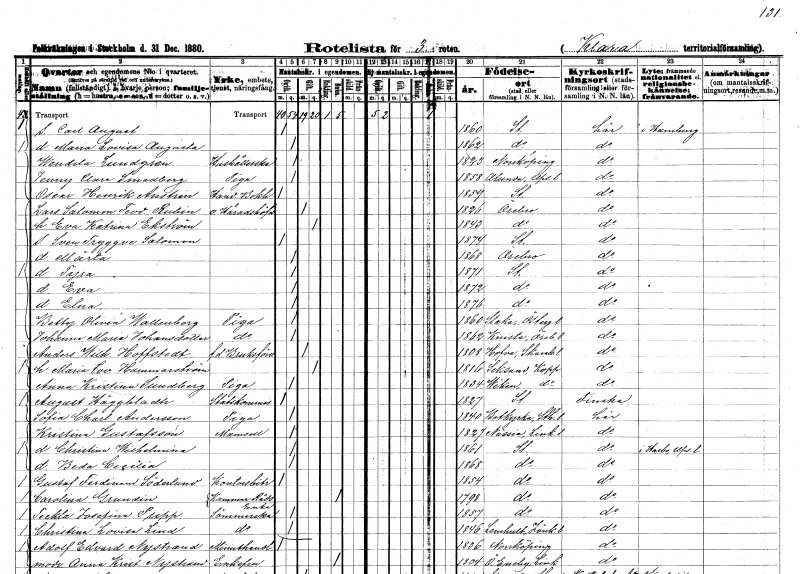
gt_parse: households: individuals: FN: Carl August
KON: M
CIV: O
FODAR: 1860
FODFORS: Stockholm
FN: Maria Lovisa Augusta
KON: K
CIV: O
FODAR: 1862
FODFORS: Stockholm
FN: Wendela
EN: Lundgren
YRKE: Hushållerska
KON: K
CIV: O
FODAR: 1823
FODFORS: Norrköping Östergötlands län
FN: Jenny Clara
EN: Smedberg
YRKE: Piga
KON: K
CIV: O
FODAR: 1858
FODFORS: Alunda Uppsala län
FN: Oscar Henrik
EN: Anstrin
YRKE: Handelsbokhållare
KON: M
CIV: O
FODAR: 1859
FODFORS: Stockholm
FN: Lars Salomon Teodor
EN: Rubin
YRKE: Häradshövding v.
KON: M
CIV: G
FODAR: 1826
FODFORS: Örebro Örebro län
FN: Eva Katrina
EN: Ekström
KON: K
CIV: G
FODAR: 1843
FODFORS: Örebro Örebro län
FN: Sven Tryggve Salomon
KON: M
CIV: O
FODAR: 1874
FODFORS: Stockholm
FN: Märta
KON: K
CIV: O
FODAR: 1868
FODFORS: Örebro Örebro län
FN: Tyra
KON: K
CIV: O
FODAR: 1871
FODFORS: Stockholm
FN: Eva
KON: K
CIV: O
FODAR: 1872
FODFORS: Stockholm
FN: Elna
KON: K
CIV: O
FODAR: 1876
FODFORS: Stockholm
FN: Betty Olivia
EN: Wallenborg
YRKE: Piga
KON: K
CIV: O
FODAR: 1860
FODFORS: Slaka Östergötlands län
FN: Johanna Maria
EN: Johansdotter
YRKE: Piga
KON: K
CIV: O
FODAR: 1862
FODFORS: Knista Örebro län
FN: Anders Wilhelm
EN: Hoffstedt
YRKE: Bruksförvaltare f.d.
KON: M
CIV: G
FODAR: 1808
FODFORS: Hova Skaraborgs län
FN: Maria Lovisa
EN: Hammarström
KON: K
CIV: G
FODAR: 1816
FODFORS: Leksand Kopparbergs län
FN: Anna Kristina
EN: Sundberg
YRKE: Piga
KON: K
CIV: O
FODAR: 1834
FODFORS: Vika Kopparbergs län
FN: August
EN: Häggbladh
YRKE: Stadskomminister
KON: M
CIV: O
FODAR: 1827
FODFORS: Stockholm
FN: Sofia Charlotta
EN: Andersson
YRKE: Piga
KON: K
CIV: O
FODAR: 1840
FODFORS: Botkyrka Stockholms län
FN: Kristina
EN: Gustafsson
KON: K
CIV: O
FODAR: 1827
FODFORS: Nässja Östergötlands län
FN: Christina Wilhelmina
KON: K
CIV: O
FODAR: 1861
FODFORS: Stockholm
FN: Beda Cecilia
KON: K
CIV: O
FODAR: 1868
FODFORS: Stockholm
FN: Gustaf Ferdinand
EN: Söderlund
YRKE: Kontorsbiträde
KON: M
CIV: O
FODAR: 1854
FODFORS: Stockholm
FN: Carolina
EN: Grundin
YRKE: Kammarrådsänka
KON: K
CIV: E
FODAR: 1798
FODFORS: Stockholm
FN: Teckla Josefina
EN: Pripp
YRKE: Sömmerska
KON: K
CIV: O
FODAR: 1857
FODFORS: Stockholm
FN: Christina Lovisa
EN: Lind
YRKE: Sömmerska
KON: K
CIV: O
FODAR: 1846
FODFORS: Lemnhult Jönköpings län
FN: Adolf Edvard
EN: Nystrand
YRKE: Minuthandlare
KON: M
CIV: O
FODAR: 1836
FODFORS: Norrköping Östergötlands län
FN: Anna Kristina
EN: Nystrand
KON: K
CIV: E
FODAR: 1804
FODFORS: Östra Eneby Östergötlands län